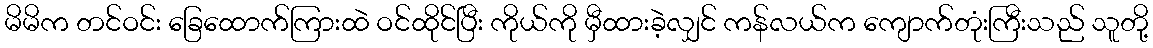
မိမိက တင်ဝင်း ခြေထောက်ကြားထဲ ဝင်ထိုင်ပြီး ကိုယ်ကို မှီထားခဲ့လျှင် ကန်လယ်က ကျောက်တုံးကြီးသည် သူတို့